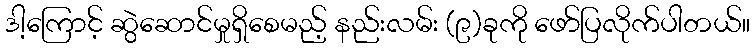
ဒါ့ကြောင့် ဆွဲဆောင်မှုရှိစေမည့် နည်းလမ်း (၉)ခုကို ဖော်ပြလိုက်ပါတယ်။